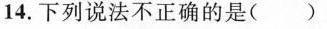
14.下列说法不正确的是()